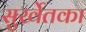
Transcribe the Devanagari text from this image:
सुर्खेतका